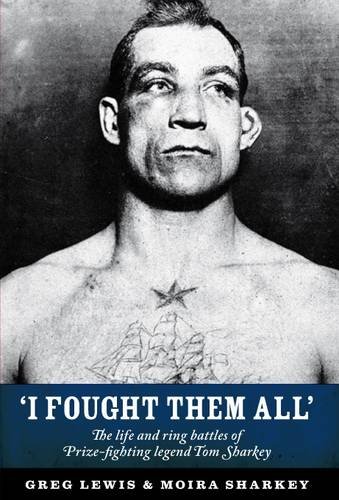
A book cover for I Fought Them All: The Life and Ring Battles of Prize-fighting Legend Tom Sharkey; Greg Lewis; Biographies & Memoirs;